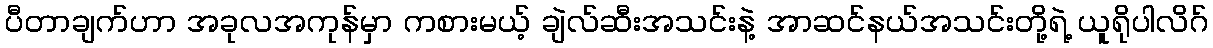
ပီတာချက်ဟာ အခုလအကုန်မှာ ကစားမယ့် ချဲလ်ဆီးအသင်းနဲ့ အာဆင်နယ်အသင်းတို့ရဲ့ ယူရိုပါလိဂ်